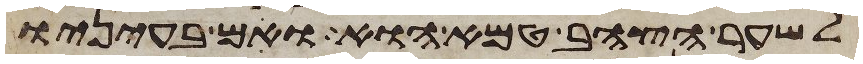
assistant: לשער הצהב טמא הוא ואם בעיניו